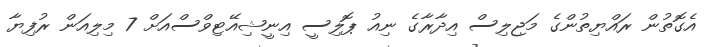
އެގޮތުން ރައްޔިތުންގެ މަޖިލިސް އިދާރާގެ ނިއު ޕޮލިސީ އިނީޝިއޭޓިވްސްއަށް 7 މިލިއަން ރުފިޔާ